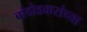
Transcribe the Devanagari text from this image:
बांदोडकरांच्या